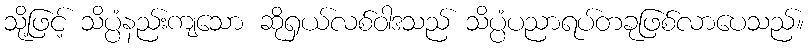
သို့ဖြင့် သိပ္ပံနည်းကျသော ဆိုရှယ်လစ်ဝါဒသည် သိပ္ပံပညာရပ်တခုဖြစ်လာပေသည်။